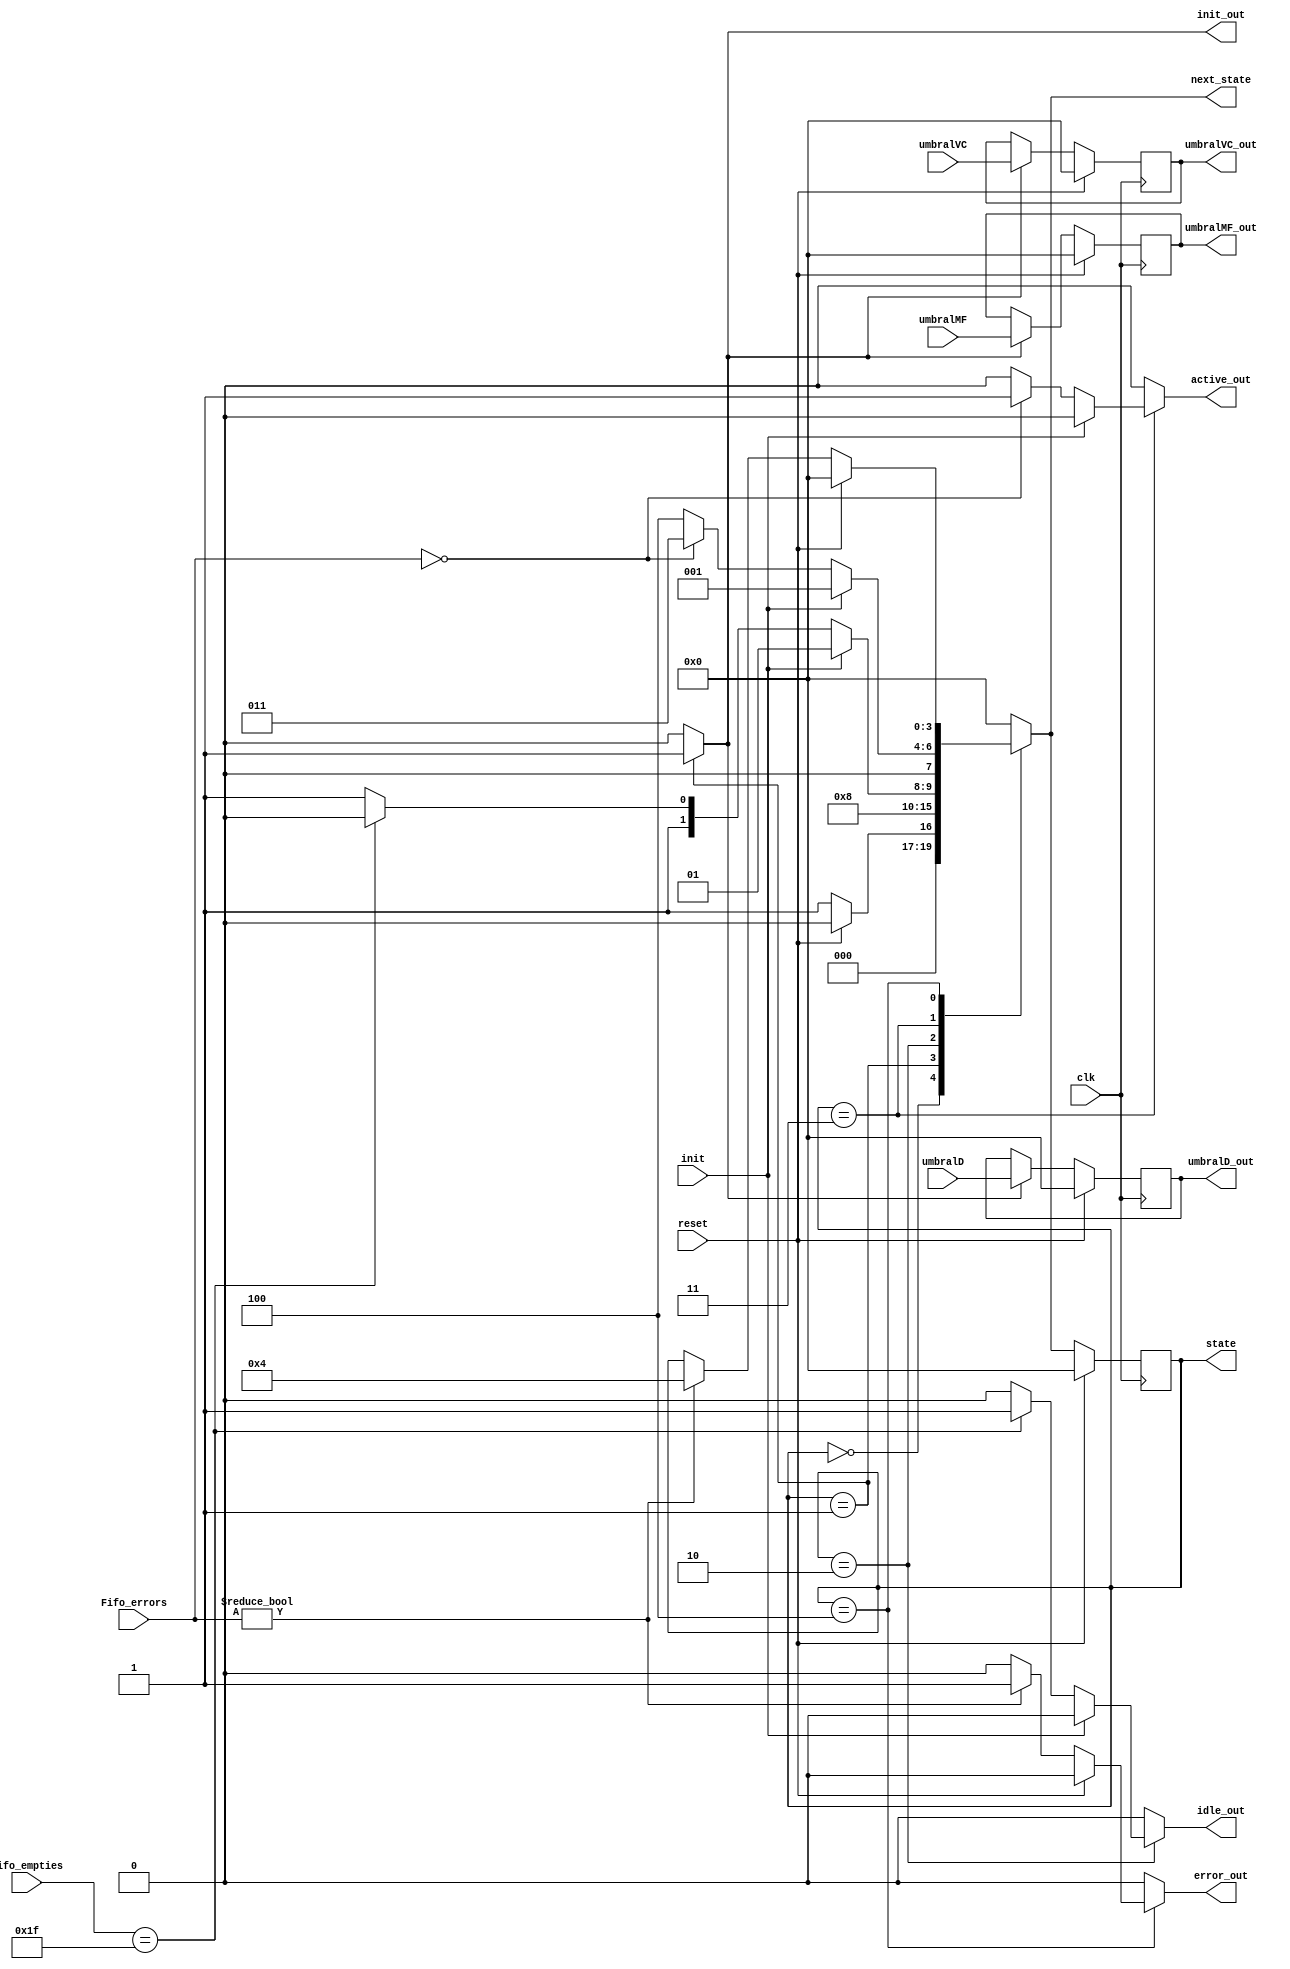
module maquina#(parameter LENGTH = 1)
		(input clk,
		input reset,
		input [3:0] umbralMF,
		input [3:0] umbralVC,
		input [3:0] umbralD,
		input [4:0] Fifo_empties,
		input [4:0] Fifo_errors,
		input init,
		output reg init_out,
		output reg idle_out,
		output reg active_out,
		output reg error_out,
		output reg [3:0] umbralMF_out,
		output reg [3:0] umbralVC_out,
		output reg [3:0] umbralD_out,
		output reg [3:0] state, 
		output reg [3:0]next_state);

parameter RESET=0;
parameter INIT =1;
parameter IDLE =2;
parameter ACTIVE=3;
parameter ERROR=4;
reg update;

 always @ (posedge clk) begin
        if(reset) begin
            state <= RESET;
			umbralMF_out <= 0;
			umbralVC_out <= 0;
			umbralD_out <= 0;
        end
        else begin
			if (update) begin
				umbralMF_out <= umbralMF;
				umbralVC_out <= umbralVC;
				umbralD_out <= umbralD;
			end
			else begin
				umbralMF_out <= umbralMF_out;
				umbralVC_out <= umbralVC_out;
				umbralD_out <= umbralD_out;
			end
            state <= next_state;
            
        end
    end		
reg [LENGTH-1:0] umbralMF_o, umbralVC_o, umbralD_o;
always @(*) begin
	idle_out = 0;
	active_out = 0;
	error_out = 0;
	next_state = state;
	init_out = 0;
	update = 0;
	case(state)
		RESET: begin
		//For RESET state
		if (reset)
			next_state = RESET;
		else
			next_state= INIT;
		end
		
		INIT: begin
		//For INIT state
			init_out=1;
			update = 1;
			next_state= IDLE;
		end
		
		IDLE: begin
		//For IDLE state
		if(init)
			next_state= INIT;
		else begin
			update = 0;
			if(Fifo_empties == 'b11111)begin 
				idle_out=1;
				next_state= IDLE;
			end else begin
				idle_out=0;
				next_state= ACTIVE;
			end 
		end
		end
		
		ACTIVE: begin
		//For ACTIVE state
		if (init == 1)
			next_state = INIT;
		else if (init == 0) begin
			if(Fifo_errors == 00000) begin //Si el fifo no esta ni lleno, ni vacio, osea que tiene informacion adentro que se puede transmitir
				active_out=1;
				next_state=ACTIVE;
			end else begin
			//Este caso generaria un error puesto que el fifo no puede estar vacio y lleno al mismo tiempo
				active_out=0;
				next_state=ERROR; 	
			end 
		end
			
		end
		
		ERROR: begin
		//For ERROR state
			if(Fifo_errors != 00000)begin
				error_out=1;
				next_state=ERROR;end
			if (reset) begin
				error_out=0;
				next_state=RESET;
			end		
		end
		default: begin
			next_state= RESET;
			idle_out=0;
			active_out=0;
			error_out=0;
		end
	endcase	
end


endmodule